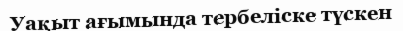
Уақыт ағымында тербеліске түскен